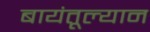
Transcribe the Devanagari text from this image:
बायंतूल्यान